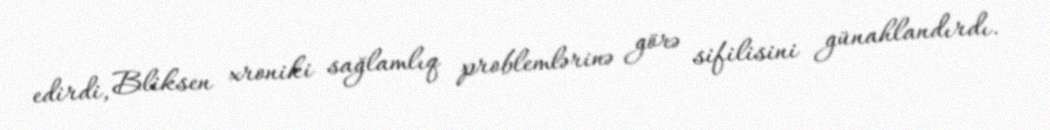
edirdi, Bliksen xroniki sağlamlıq problemlərinə görə sifilisini günahlandırdı.